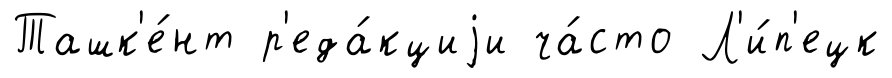
Ташк'е́нт р'еда́кциjи ча́сто Л'и́п'ецк